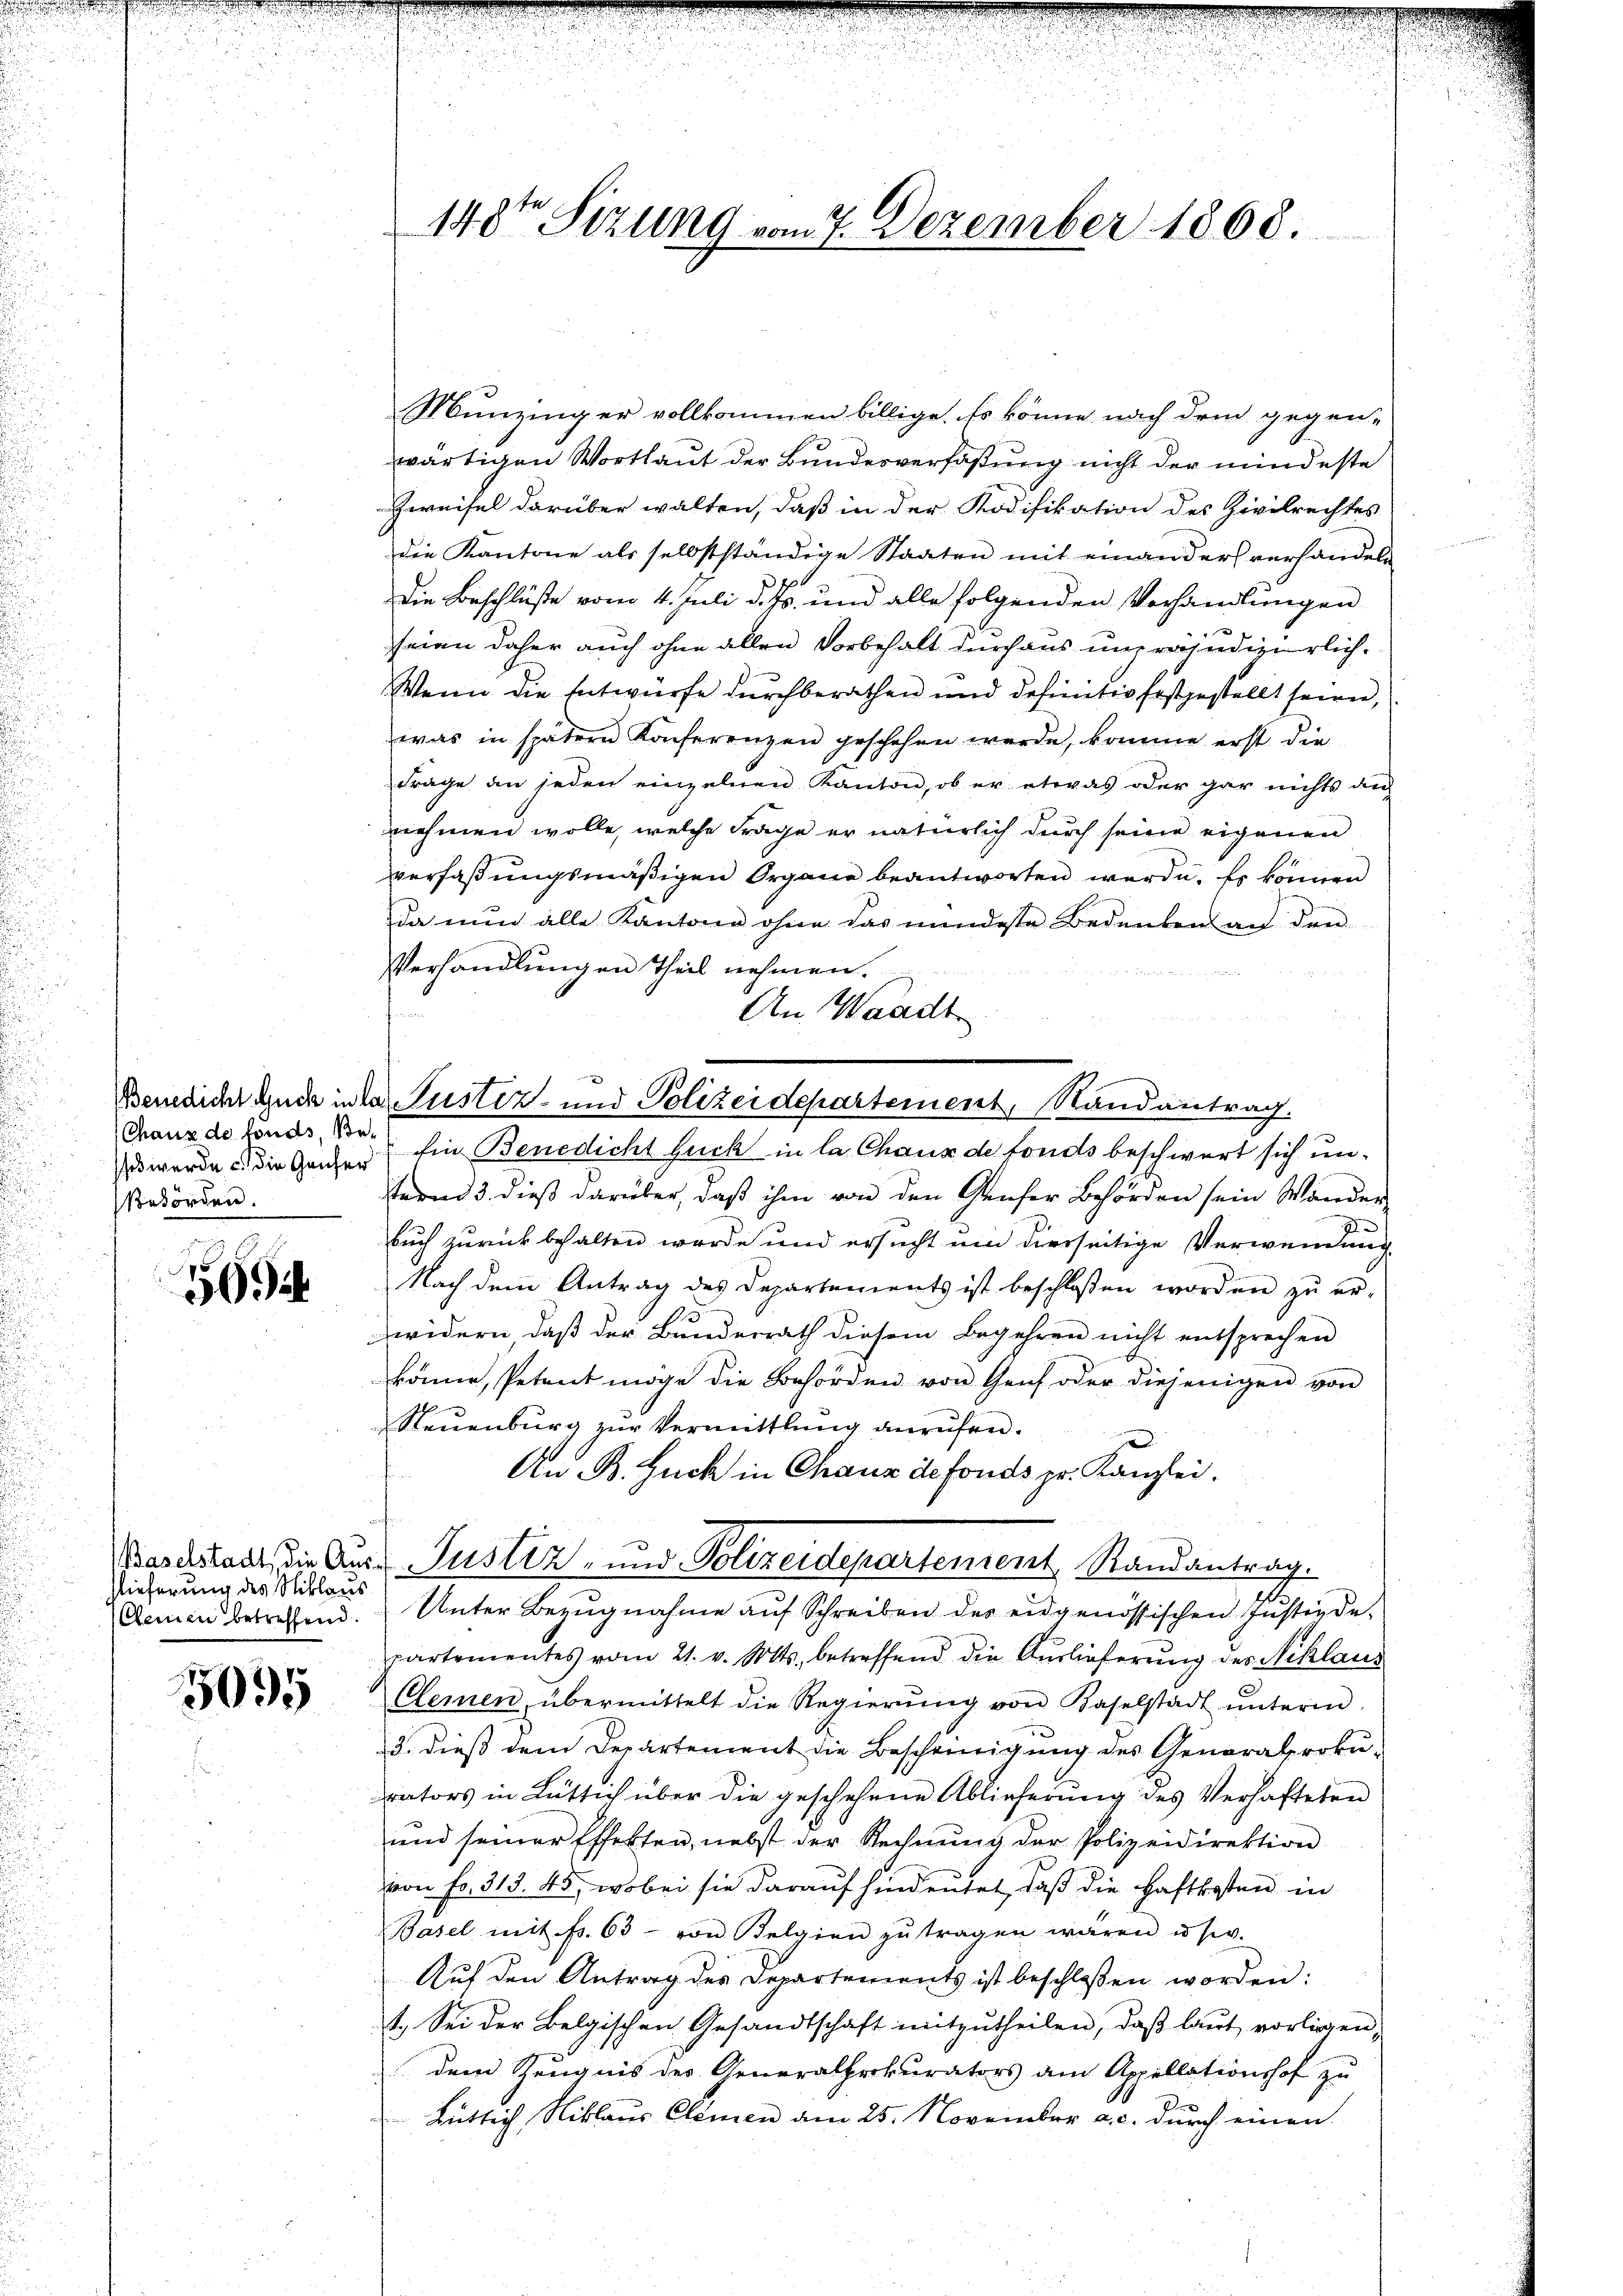
.

(Chaux de fonds, Be¬
Behörden.

56

slieferung des Niklaus

5095

Münzinger vollkommen billige. Es könne nach dem gegen-
wärtigen Wortlaut der Bundesverfaßung nicht der mindeste
Zweifel darüber walten, daß in der Kodifikation des Zivilrechtes
die Kantone als selbstständige Staaten mit einanders verhandeln
Die Beschlüße vom 4. Juli d. Js. und alle folgenden Vorhandlungen
seien daher auch ohne allen Vorbehalt durchaus unpräjudizierlich.
Wenn die Entwürfe durchberathen und definitiv festgestellt seien,
was in spätern Konferenzen geschehen werde, komme erst die
Frage an jeden einzelnen Kanton, ob er etwas oder gar nichts an
nehmen wolle, welche Frage er natürlich durch seine eigenen
verfaßungsmäßigen Organe beantworten werde. Es können
da nun alle Kantone ohne das mindeste Bedenken an den
Verhandlungen Theil nehmen.
An Waadt
 wurde u. die Ganzen Ein Benedicht guck in la Chaux de fonds beschwert sich unsternd 3. dieß darüber, daß ihm von den Genfer Behörden sein Wander
buch zurückbehalten werde und ersucht um diesseitige Verwendung
Nach dem Antrag des Departements ist beschloßen worden zu er-
widern, daß der Bundesrath diesem Begehren nicht entsprechen
könne, Petent möge die Behörden von Genf oder diejenigen von
Steuenburg zur Vermittlung anrufen.
An B. Guck in Chaux de fonds pr. Kanzlei.
Waststadt, die Aus Justiz- und Polizeidepartement Randantrag.
Armen betreffend. Unter Bezŭgnahme aŭf Schreiben des eidgenössischen Justizde-
partementes vom 21. v. Mts. betreffend die Auslieferung des Niklaus
Clemen, übermittelt die Regierŭng von Kaselstadt ŭnterm
3. dieß dem Departement die Bescheinigung des Generalprokurators in Rüttich über die geschehene Ablieferung des Verhafteten
und seiner Effekten, nebst der Rechnŭng der Polizeidirektion
von fr. 313. 45, wobei sie darauf hindeutet, daß die Haftkosten in
Basel mit fr. 63 - von Belgien zŭ tragen wären u s.w.
Auf den Antrag des Departements ist beschloßen worden:
1. Sei der Belgischen Gesandtschaft mitzutheilen, daß laut vorliegen,
dem Zeugnis des Generalprokurators am Appellationshof zu
Bütlich Niklaŭs Clemen am 25. November a. c. dŭrch einen

148ten Sizung vom 7. Dezember 1868.

Benedicht Gude in das Gustiz- und Polizeidepartement, Randantrag.